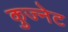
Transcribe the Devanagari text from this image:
कुज्नेट